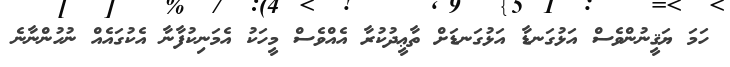
ހަމަ ޔަޤީނުންވެސް އަޅުގަނޑާ އަޅުގަނޑަށް ތާޢީދުކުރާ އެއްވެސް މީހަކު އެމަނިކުފާނާ އެކުގައެއް ނުހުންނާނެ